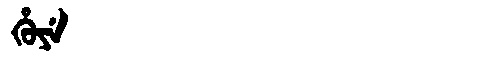
Manchu: ᡥᡠᠶᡝ
Romanization: HUYE